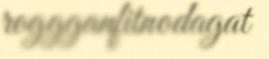
roggganfitnodagat